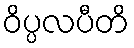
ဝိပ္ပလပီတိ